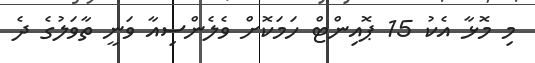
މި މޮޅާ އެކު 15 ޕޮއިންޓް ހަމަކޮށް ވެލެންސިއާ ވަނީ ތާވަލުގެ ދެ